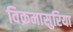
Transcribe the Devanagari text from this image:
विक्रमासुरिया